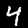
Digit: 4